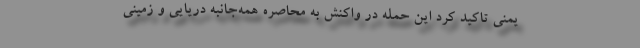
یمنی تاکید کرد این حمله در واکنش به محاصره همه‌جانبه دریایی و زمینی